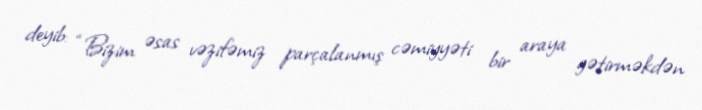
deyib: “Bizim əsas vəzifəmiz parçalanmış cəmiyyəti bir araya gətirməkdən